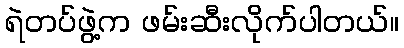
ရဲတပ်ဖွဲ့က ဖမ်းဆီးလိုက်ပါတယ်။